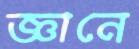
জ্ঞানে